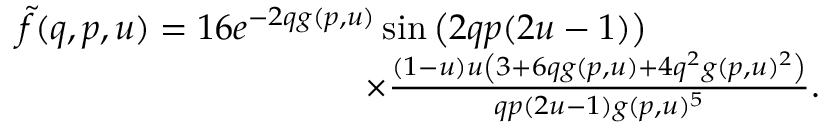
\begin{array} { r } { \tilde { f } ( q , p , u ) = 1 6 e ^ { - 2 q g ( p , u ) } \sin \left( 2 q p ( 2 u - 1 ) \right) \phantom { x x x x x x x x x } } \\ { \times \frac { ( 1 - u ) u \left( 3 + 6 q g ( p , u ) + 4 q ^ { 2 } g ( p , u ) ^ { 2 } \right) } { q p ( 2 u - 1 ) g ( p , u ) ^ { 5 } } . } \end{array}